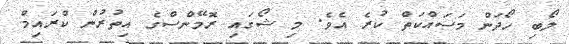
ލޯބި ހޯދަން މަސައްކަތް ކުރެ އެވެ. މި ޝޯގައި ރޮމޭންސްގެ އިތުރުން ކްރައިމް